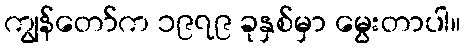
ကျွန်တော်က ၁၉၇၉ ခုနှစ်မှာ မွေးတာပါ။